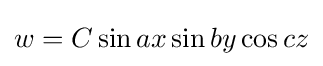
w=C\sin ax\sin by\cos cz